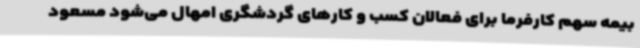
بیمه سهم کارفرما برای فعالان کسب و کارهای گردشگری امهال می‌شود مسعود